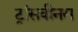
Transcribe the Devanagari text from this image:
ट्रांसवीनस